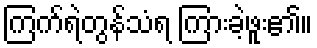
ကြက်ရဲတွန်သံရ ကြားခဲ့ဖူး၏။